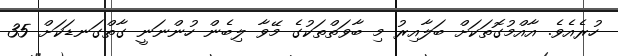
ހުރެއެވެ. އާއްމުގޮތަކަށް ބަލާއިރު މި ބާވަތްތަކުގެ މޭވާ ލިބެން ހުންނަނީ ގާތްގަނޑަކަށް 35